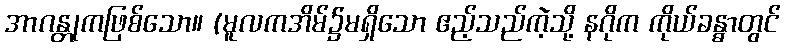
အာဂန္တုကဖြစ်သော။ (မူလကအိမ်၌မရှိသော ဧည့်သည်ကဲ့သို့ နဂိုက ကိုယ်ခန္ဓာတွင်